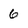
Character: 6